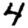
Digit: 4